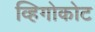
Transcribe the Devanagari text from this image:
व्हिगोकोट